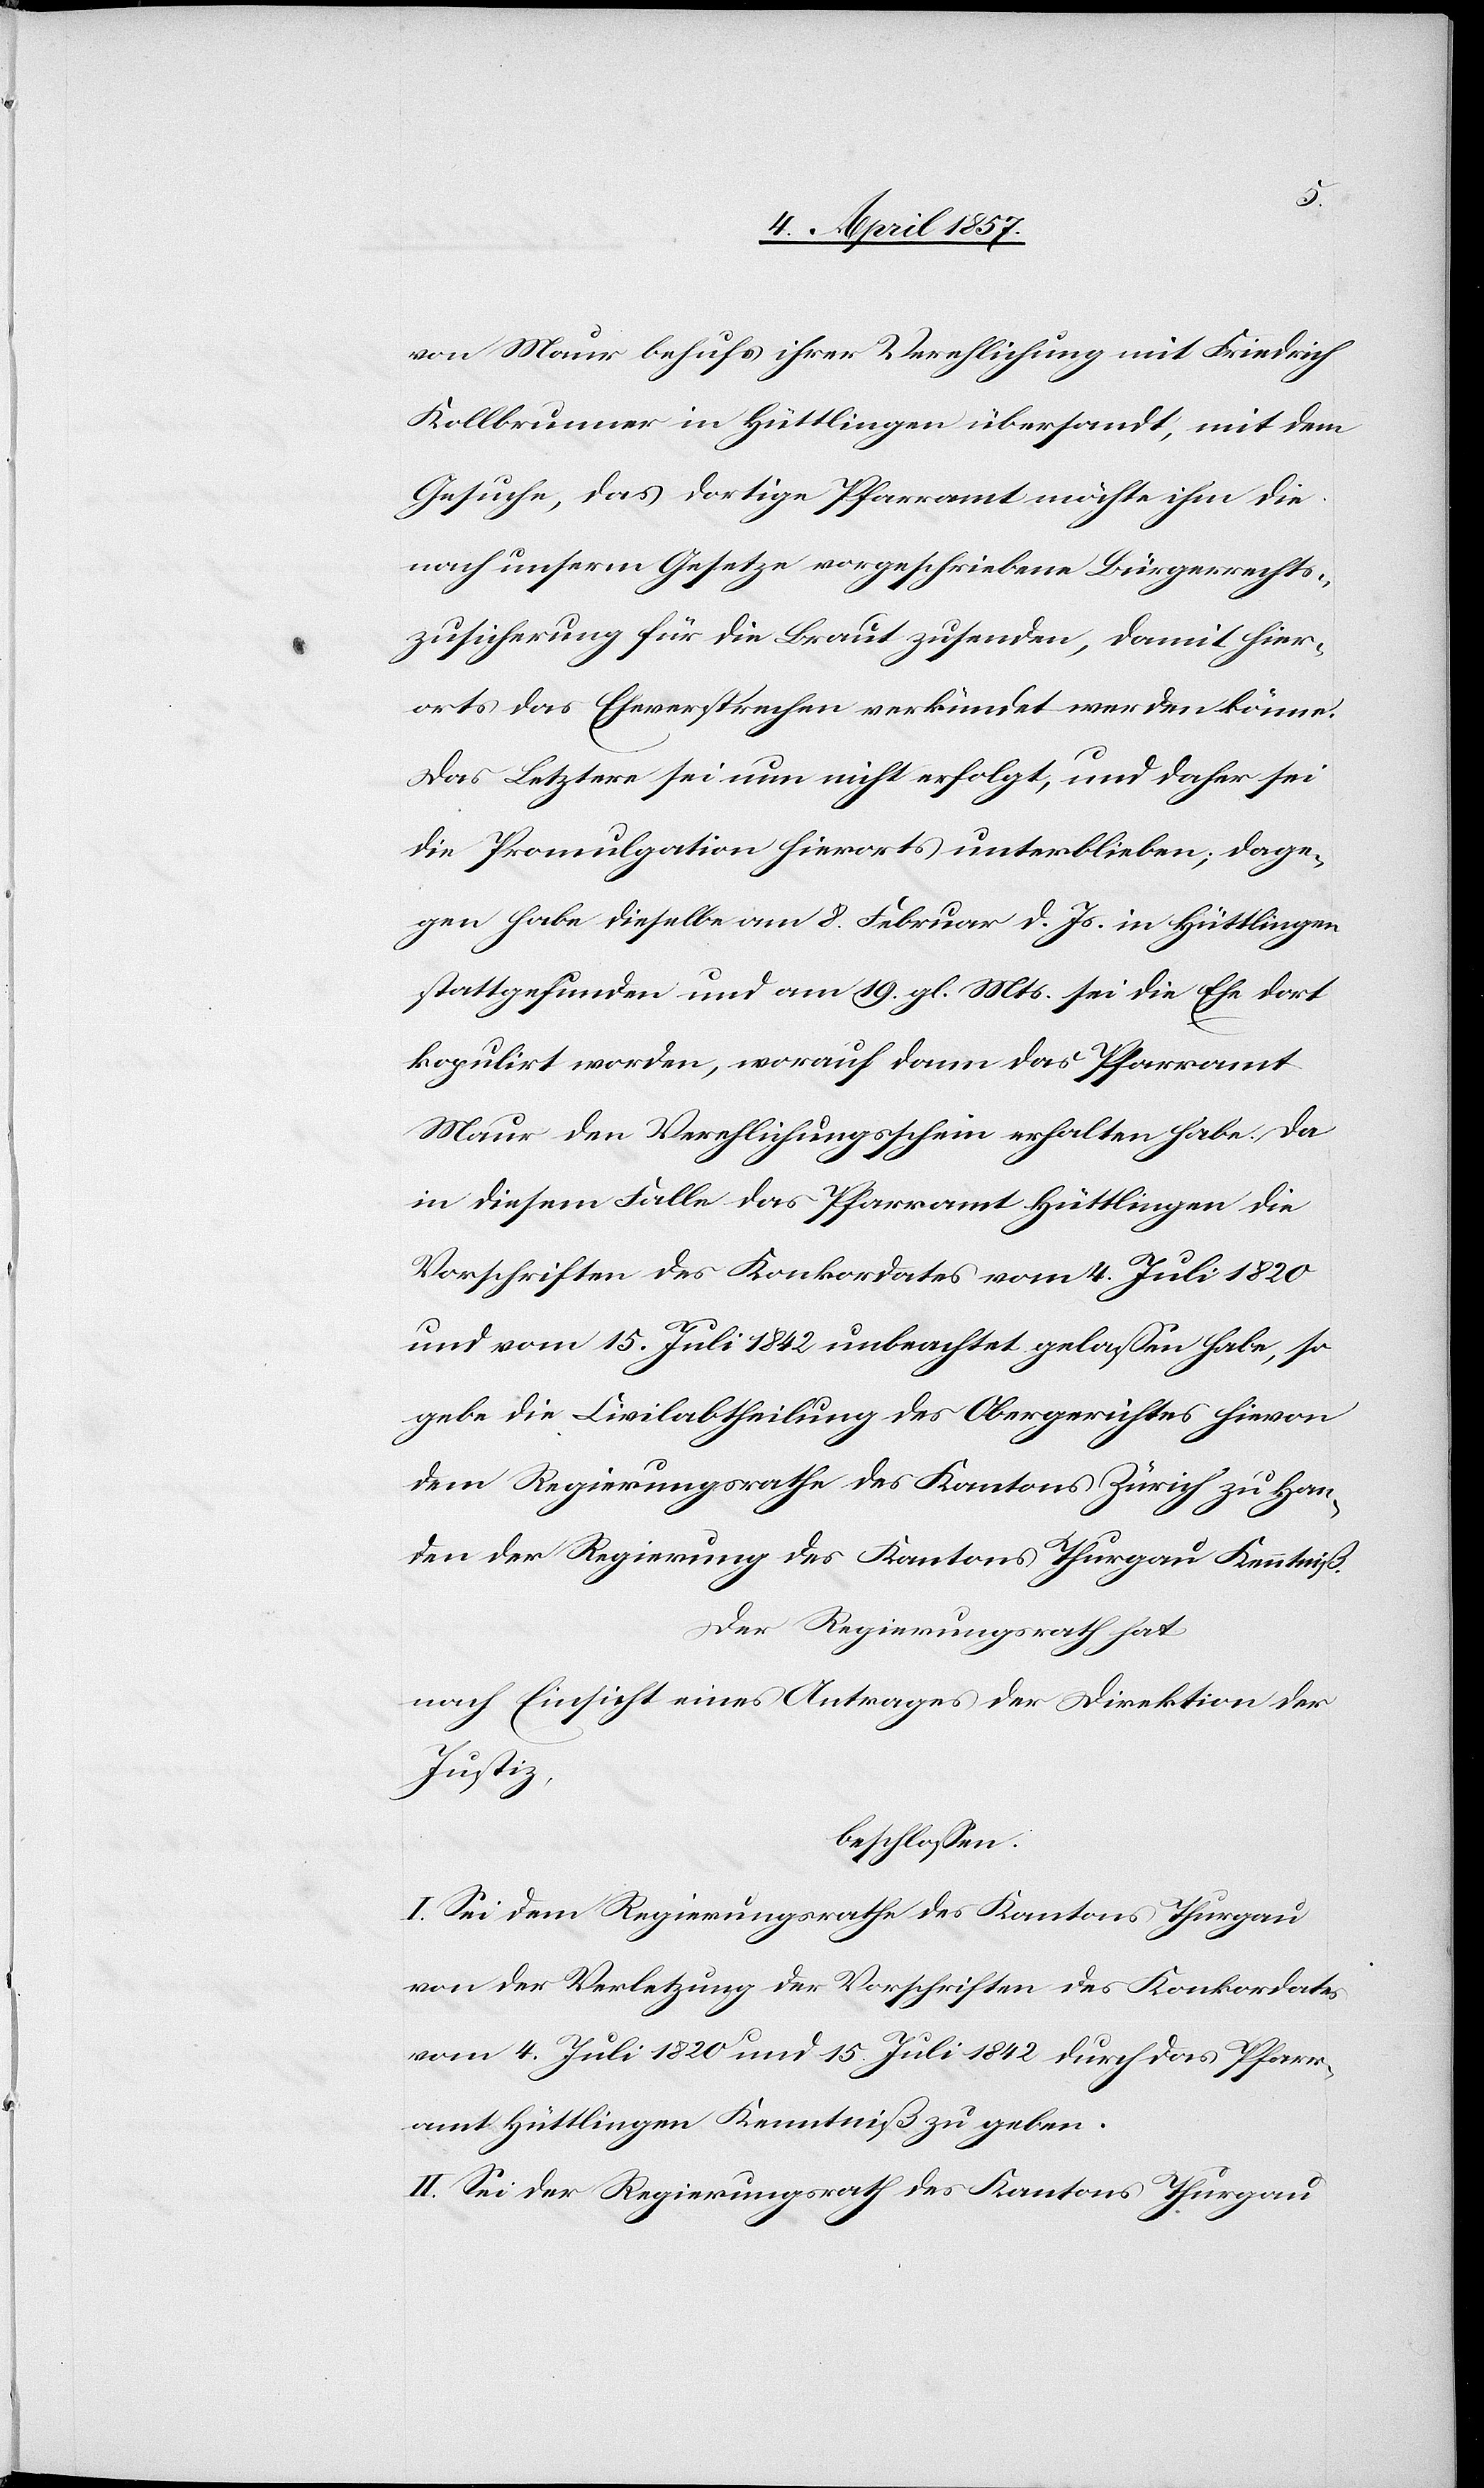
von Maur behufs ihrer Verehlichung mit Friedrich
Kollbrunner in Hüttlingen übersandt, mit dem
Gesuche, das dortige Pfarramt möchte ihm die
nach unserm Gesetze vorgeschriebene Bürgerrechts¬
zusicherung für die Braut zusenden, damit hier¬
orts das Eheversprechen verkündet werden könne.
Das Letztere sei nun nicht erfolgt, und daher sei
die Promulgation hierorts unterblieben; dage¬
gen habe dieselbe am 8. Februar d. Js. in Hüttlingen
stattgefunden und am 19. gl. Mts. sei die Ehe dort
kopulirt worden, worauf dann das Pfarramt
Maur den Verehlichungsschein erhalten habe. Da
in diesem Falle das Pfarramt Hüttlingen die
Vorschriften des Konkordates vom 4. Juli 1820
und vom 15. Juli 1842 unbeachtet gelassen habe, so
gebe die Civilabtheilung des Kantons Zürich zu Han¬
den der Regierung des Kantons Thurgau Kenntniß.
Der Regierungsrath hat
nach Einsicht eines Antrages der Direktion der
Justiz,
beschlossen:
I. Sei dem Regierungsrathe des Kantons Thurgau
von der Verletzung der Vorschriften des Konkordates
vom 4. Juli 1820 und 15. Juli 1842 durch das Pfarr¬
amt Hüttlingen Kenntniß zu geben.
II. Sei der Regierungsrath des Kantons Thurgau